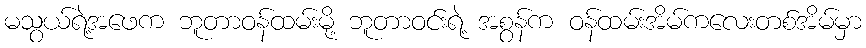
မသွယ်ရဲ့အဖေက ဘူတာဝန်ထမ်းမို့ ဘူတာဝင်းရဲ့ အစွန်က ဝန်ထမ်းအိမ်ကလေးတစ်အိမ်မှာ